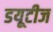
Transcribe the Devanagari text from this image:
डयूटीज